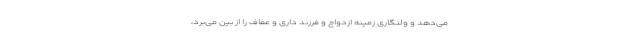
می‌دهد و ولنگاری زمینه ازدواج و فرزند داری و عفاف را از بین می‌برد،